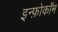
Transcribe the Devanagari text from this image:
इन्फ़ोकॉम